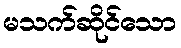
မသက်ဆိုင်သော